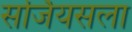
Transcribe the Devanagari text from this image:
सर्जियसला